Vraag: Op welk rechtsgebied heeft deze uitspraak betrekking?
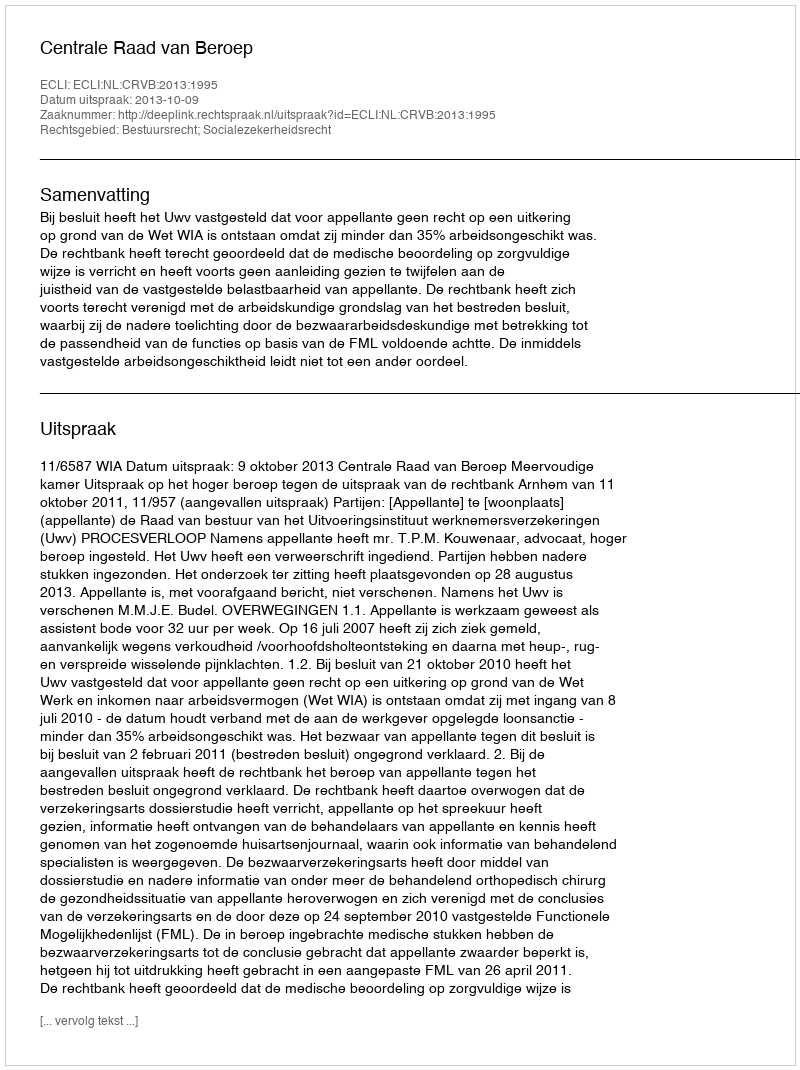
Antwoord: Bestuursrecht; Socialezekerheidsrecht